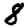
Digit: 8